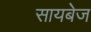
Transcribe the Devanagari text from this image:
सायबेज